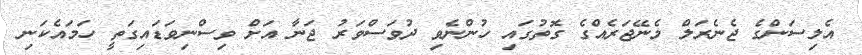
އެލިސަންގެ ޖެނެރަލް މެނޭޖަރެއްގެ ގޮތުގައި ހުންނެވި ދުވަސްވަރު ޖަނާ އަށް ވިސްނިވަޑައިގަތީ ހަމައެކަނި